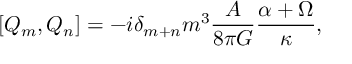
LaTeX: \left[ Q _ { m } , Q _ { n } \right] = - i \delta _ { m + n } m ^ { 3 } \frac { { \cal A } } { 8 \pi G } \frac { \alpha + \Omega } { \kappa } ,